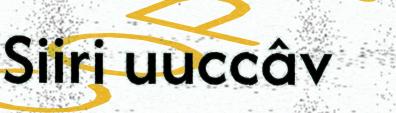
Siiri uuccâv